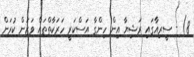
8) - ސީރިއާގައި ރަޝިޔާ އިން ހިންގާ އަސްކަރީ ހަރަކާތްތައް ވަޒަން ކުރަން